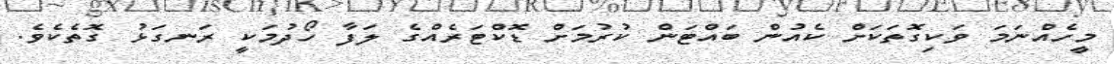
މީހެއްނަމަ ވަކިގޮތަކަށް ކެއުން ބައްޓަން ކުރުމަށް ޑޮކްޓަރެއްގެ ލަފާ ހޯދުމަކީ ރަނގަޅު ގޮތެކެވެ.